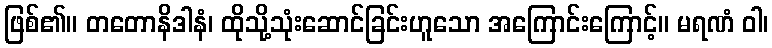
ဖြစ်၏။ တတောနိဒါနံ၊ ထိုသို့သုံးဆောင်ခြင်းဟူသော အကြောင်းကြောင့်။ မရဏံ ဝါ၊